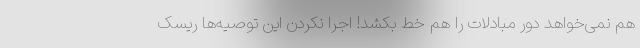
هم نمی‌خواهد دور مبادلات را هم خط بکشد! اجرا نکردن این توصیه‌ها ریسک